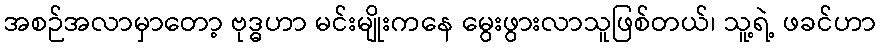
အစဉ်အလာမှာတော့ ဗုဒ္ဓဟာ မင်းမျိုးကနေ မွေးဖွားလာသူဖြစ်တယ်၊ သူ့ရဲ့ ဖခင်ဟာ